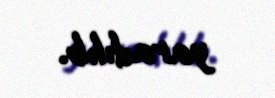
yaradılıb.